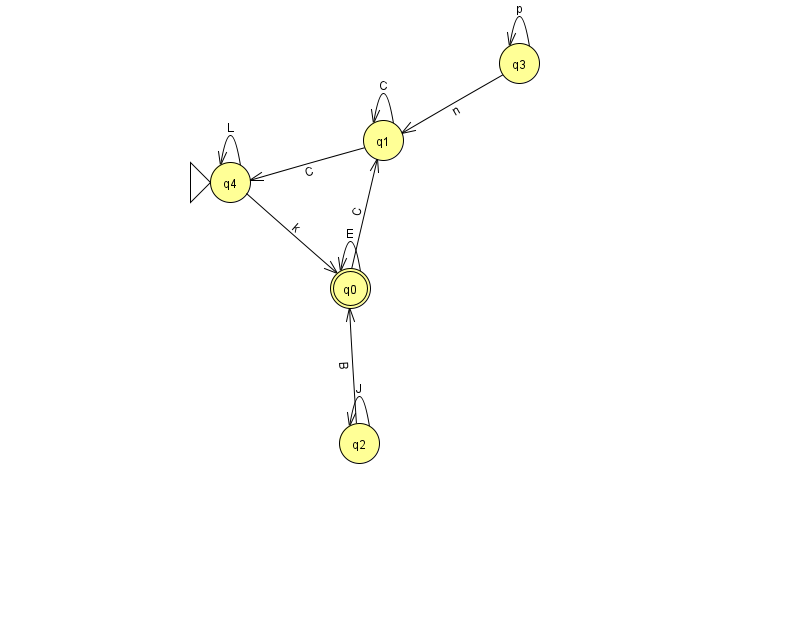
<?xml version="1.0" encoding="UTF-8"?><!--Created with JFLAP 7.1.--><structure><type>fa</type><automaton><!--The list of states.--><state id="0" name="q0"><x>350.0</x><y>275.0</y><final/></state><state id="1" name="q1"><x>383.0</x><y>127.0</y></state><state id="2" name="q2"><x>359.0</x><y>430.0</y></state><state id="3" name="q3"><x>519.0</x><y>50.0</y></state><state id="4" name="q4"><x>230.0</x><y>169.0</y><initial/></state><!--The list of transitions.--><transition><from>3</from><to>3</to><read>p</read></transition><transition><from>1</from><to>1</to><read>C</read></transition><transition><from>0</from><to>0</to><read>E</read></transition><transition><from>0</from><to>1</to><read>C</read></transition><transition><from>1</from><to>4</to><read>C</read></transition><transition><from>2</from><to>2</to><read>J</read></transition><transition><from>2</from><to>0</to><read>B</read></transition><transition><from>4</from><to>0</to><read>k</read></transition><transition><from>4</from><to>4</to><read>L</read></transition><transition><from>3</from><to>1</to><read>n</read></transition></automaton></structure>